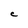
Character: C